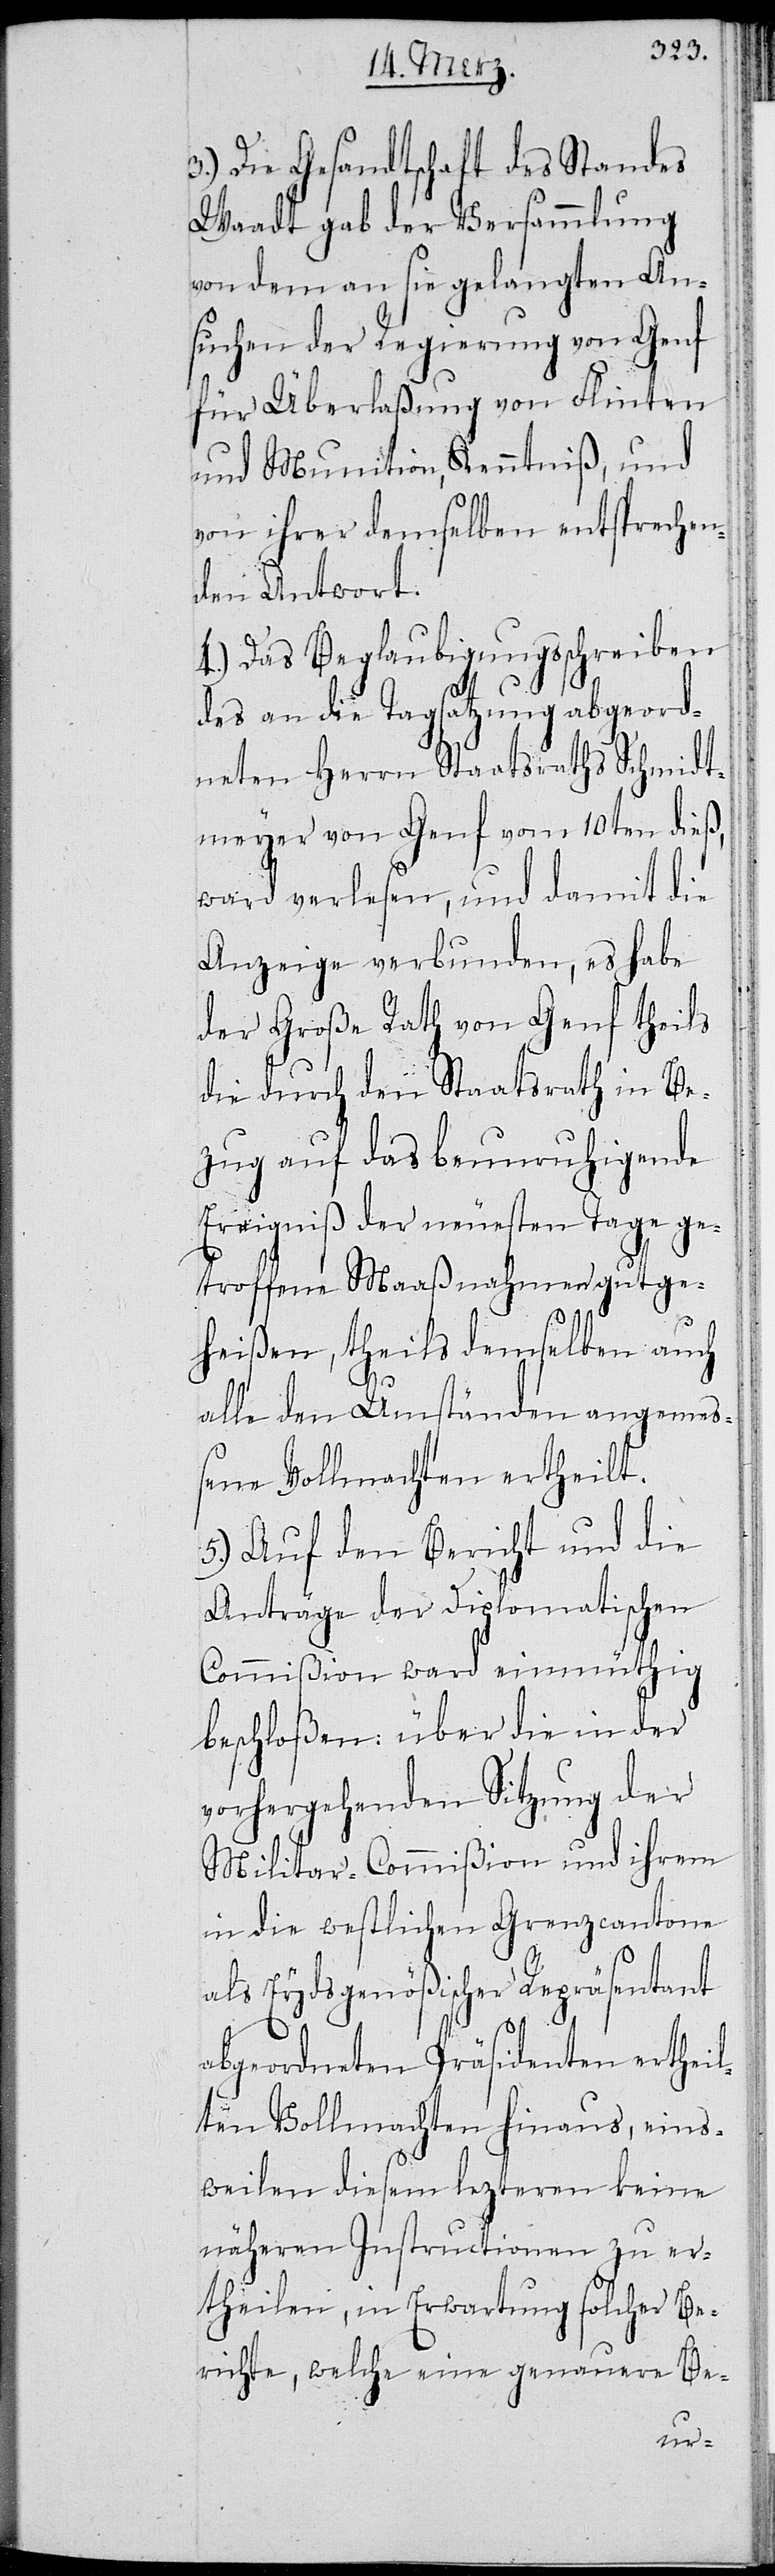
3.) Die Gesandtschaft des Standes
Waadt gab der Versammlung
von dem an sie gelangten An¬
suchen der Regierung von Genf
für Überlaßung von Flinten
und Munition, Kenntniß, und
von ihrer demselben entsprechen¬
den Antwort.
4.) Das Beglaubigungsschreiben
des an die Tagsatzung abgeord¬
neten Herrn Staatsraths Schmidt¬
meyer von Genf vom 10ten dieß,
ward verlesen, und damit die
Anzeige verbunden, es habe
der Große Rath von Genf theils
die durch den Staatsrath in Be¬
zug auf das beunruhigende
Ereigniß der neuesten Tage ge¬
troffene Maaßnahmen gutge¬
heißen, theils demselben auch
alle den Umständen angemeß¬
ene Vollmachten ertheilt.
5.) Auf den Bericht und die
Anträge der Diplomatischen
Commißion ward einmüthig
beschloßen: über die in der
vorhergehenden Sitzung der
Militar-Commißion und ihrem
in die westlichen Grenzcantone
als Eydsgenößischer Repräsentant
abgeordneten Präsidenten ertheil¬
ten Vollmachten hinaus, ein¬
eilen diesem lezteren keine
näheren Instructionen zu er¬
theilen, in Erwartung solcher Be¬
richte, welche eine genauere Be-
s[t]w¬